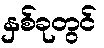
နှစ်ခုတွင်